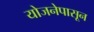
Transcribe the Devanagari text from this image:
योजनेपासून